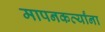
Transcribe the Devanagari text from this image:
मापनकर्त्यांना